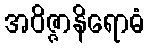
အဝိဇ္ဇာနိရောဓံ